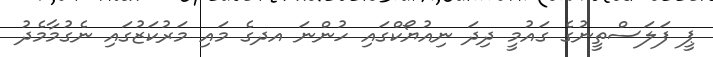
ޕީ ފަލަސްތީނުގެ ގައުމީ ދިދަ ނިއުޔޯކްގައި ހުންނަ އދގެ މައި މަރުކަޒުގައި ނެގުމާމެދު